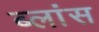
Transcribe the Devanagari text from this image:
ब्लांस